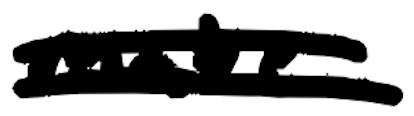
Text: make
Cross-out: double-line
Writing tool: digital_black